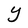
Character: Y